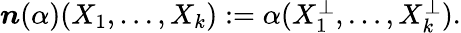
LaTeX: \begin{array}{r}{\boldsymbol{n}(\alpha)(X_{1},\ldots,X_{k}):=\alpha(X_{1}^{\perp},\ldots,X_{k}^{\perp}).}\end{array}